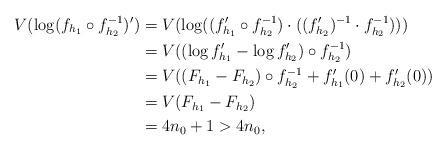
LaTeX: \begin{align*}V(\log (f_{h_1}\circ f_{h_2}^{-1})') &= V(\log((f_{h_1}'\circ f_{h_2}^{-1})\cdot ((f_{h_2}')^{-1}\cdot f_{h_2}^{-1})))\\&= V((\log f_{h_1}'-\log f_{h_2}')\circ f_{h_2}^{-1})\\&= V((F_{h_1}-F_{h_2})\circ f_{h_2}^{-1}+f_{h_1}'(0)+f_{h_2}'(0))\\&= V(F_{h_1}-F_{h_2})\\&= 4n_0+1>4n_0,\end{align*}